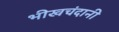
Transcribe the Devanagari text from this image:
भीखचंदानी